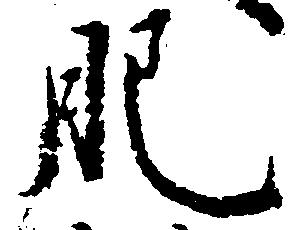
肥